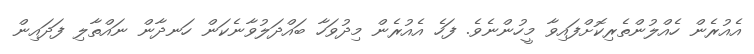
އެއުރެން ހެއްލުންތެރިކޮށްފައިވާ މީހުންނެވެ. ފަހެ އެއުރެން މިދުވަހާ ބައްދަލުވާނެކަން ހަނދާން ނައްތާލި ފަދައިން